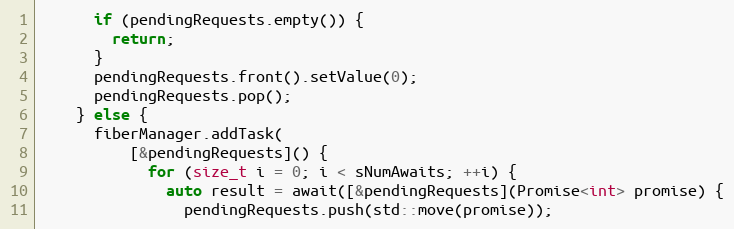
Language: C++
      if (pendingRequests.empty()) {
        return;
      }
      pendingRequests.front().setValue(0);
      pendingRequests.pop();
    } else {
      fiberManager.addTask(
          [&pendingRequests]() {
            for (size_t i = 0; i < sNumAwaits; ++i) {
              auto result = await([&pendingRequests](Promise<int> promise) {
                pendingRequests.push(std::move(promise));